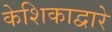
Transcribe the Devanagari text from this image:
केशिकाद्वारे